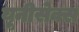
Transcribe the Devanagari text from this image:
यूनीसेक्स